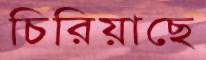
চিরিয়াছে